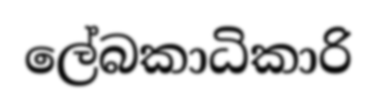
ලේබකාධිකාරි